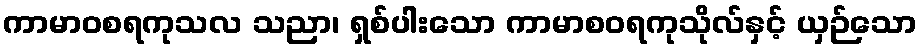
ကာမာဝစရကုသလ သညာ၊ ရှစ်ပါးသော ကာမာစဝရကုသိုလ်နှင့် ယှဉ်သော